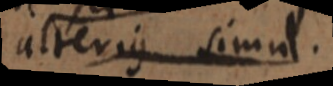
alterius simul.